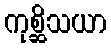
ကုစ္ဆိသယာ